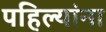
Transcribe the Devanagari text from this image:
पहिल्यांना